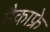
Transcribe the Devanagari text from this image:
मैकाफ्रे